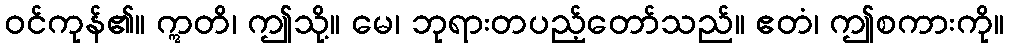
ဝင်ကုန်၏။ ဣတိ၊ ဤသို့။ မေ၊ ဘုရားတပည့်တော်သည်။ ဧတံ၊ ဤစကားကို။